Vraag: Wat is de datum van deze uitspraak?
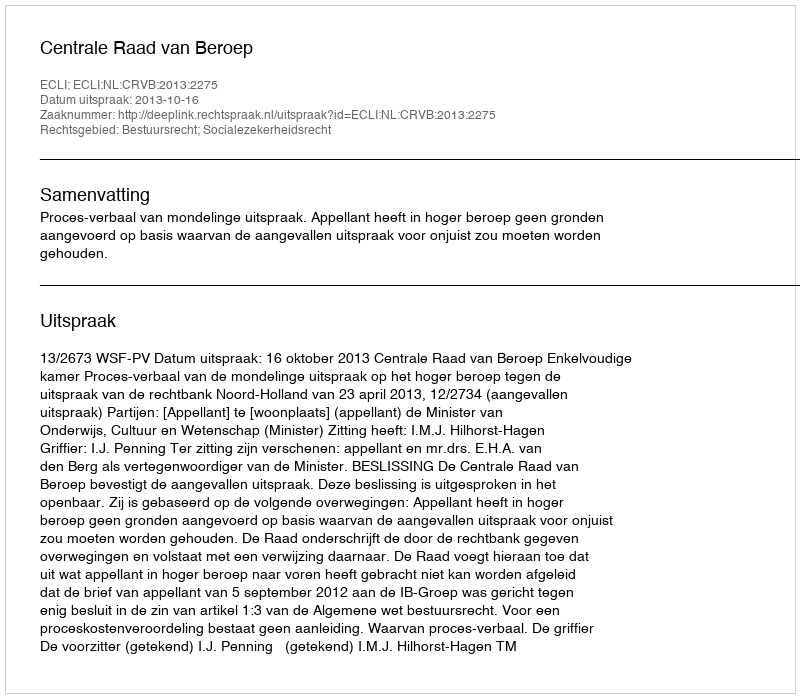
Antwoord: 2013-10-16